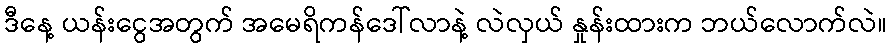
ဒီနေ့ ယန်းငွေအတွက် အမေရိကန်ဒေါ်လာနဲ့ လဲလှယ် နှုန်းထားက ဘယ်လောက်လဲ။